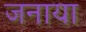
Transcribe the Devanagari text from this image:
जनाया